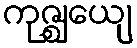
ကုဇ္ဈေယျ